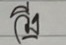
วิ่ง